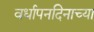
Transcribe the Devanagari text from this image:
वर्धापनदिनाच्या